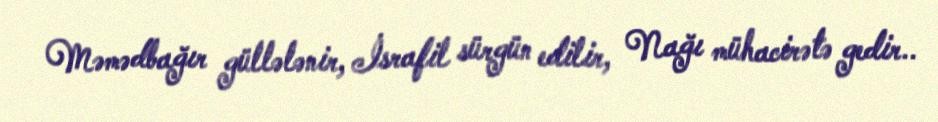
Məmədbağır güllələnir, İsrafil sürgün edilir, Nağı mühacirətə gedir..